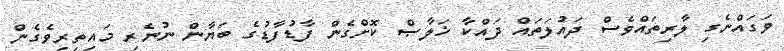
ވަގައްނެގި ލާރިތައްވެސް ދައުލަތައް ދައްކާ ޚަލާޞް ކޮށްގެން ފާޑުފާޑުގެ ބަޔާން ނުނެރި މައިތިރިވެގެން